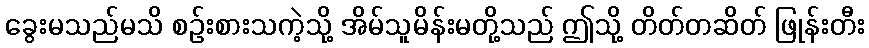
ခွေးမသည်မသိ စဉ်းစားသကဲ့သို့ အိမ်သူမိန်းမတို့သည် ဤသို့ တိတ်တဆိတ် ဖြုန်းတီး